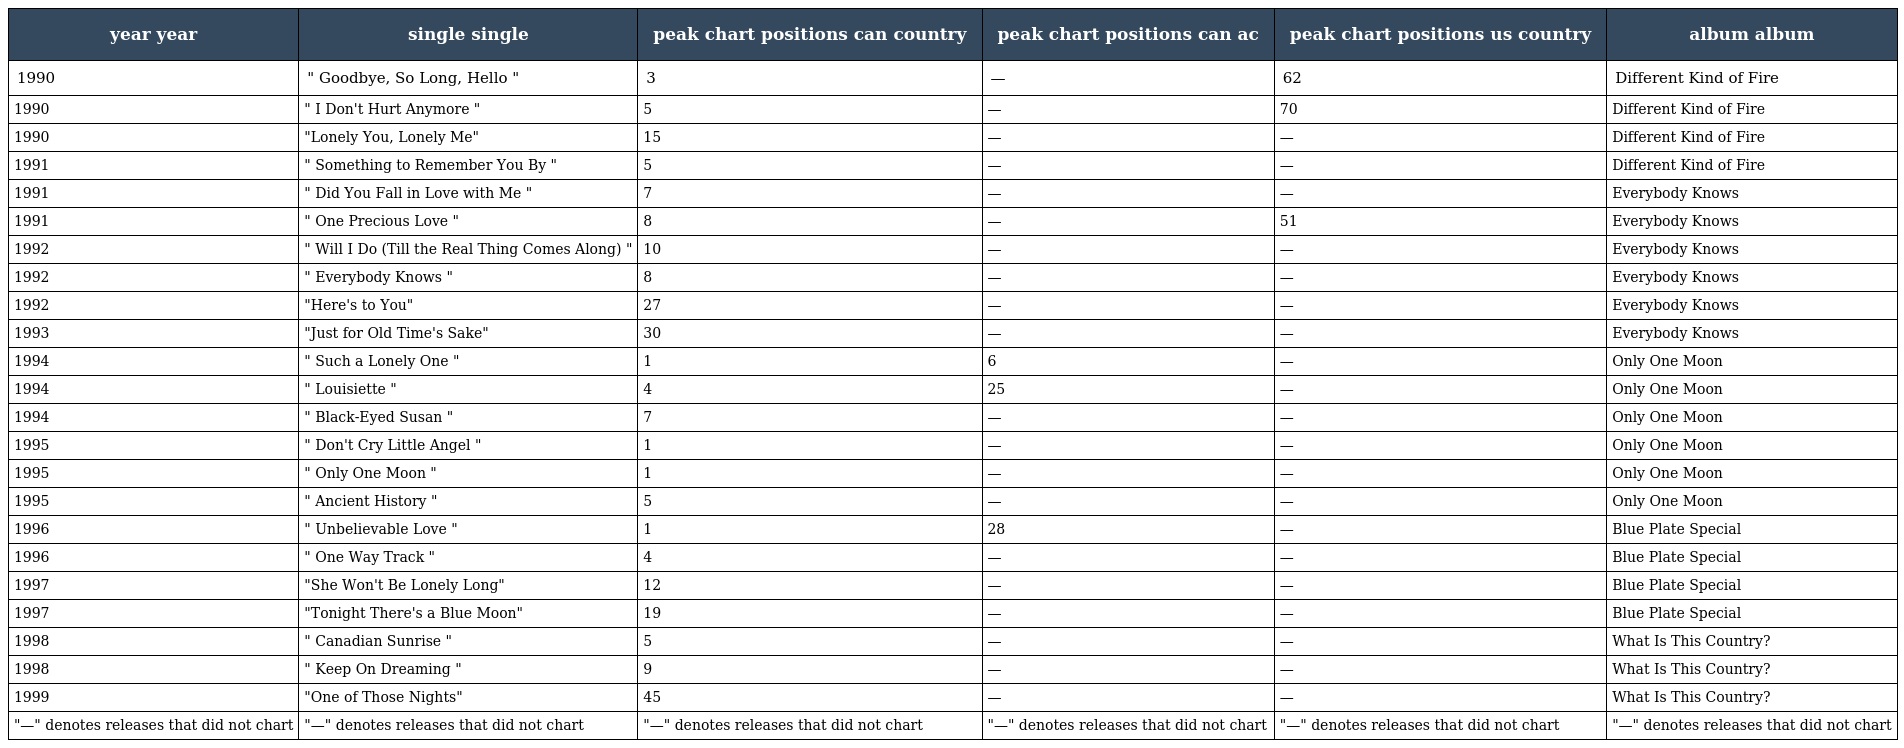
| year year | single single | peak chart positions can country | peak chart positions can ac | peak chart positions us country | album album |
 | --- | --- | --- | --- | --- | --- |
 | 1990 | " Goodbye, So Long, Hello " | 3 | — | 62 | Different Kind of Fire |
 | 1990 | " I Don't Hurt Anymore " | 5 | — | 70 | Different Kind of Fire |
 | 1990 | "Lonely You, Lonely Me" | 15 | — | — | Different Kind of Fire |
 | 1991 | " Something to Remember You By " | 5 | — | — | Different Kind of Fire |
 | 1991 | " Did You Fall in Love with Me " | 7 | — | — | Everybody Knows |
 | 1991 | " One Precious Love " | 8 | — | 51 | Everybody Knows |
 | 1992 | " Will I Do (Till the Real Thing Comes Along) " | 10 | — | — | Everybody Knows |
 | 1992 | " Everybody Knows " | 8 | — | — | Everybody Knows |
 | 1992 | "Here's to You" | 27 | — | — | Everybody Knows |
 | 1993 | "Just for Old Time's Sake" | 30 | — | — | Everybody Knows |
 | 1994 | " Such a Lonely One " | 1 | 6 | — | Only One Moon |
 | 1994 | " Louisiette " | 4 | 25 | — | Only One Moon |
 | 1994 | " Black-Eyed Susan " | 7 | — | — | Only One Moon |
 | 1995 | " Don't Cry Little Angel " | 1 | — | — | Only One Moon |
 | 1995 | " Only One Moon " | 1 | — | — | Only One Moon |
 | 1995 | " Ancient History " | 5 | — | — | Only One Moon |
 | 1996 | " Unbelievable Love " | 1 | 28 | — | Blue Plate Special |
 | 1996 | " One Way Track " | 4 | — | — | Blue Plate Special |
 | 1997 | "She Won't Be Lonely Long" | 12 | — | — | Blue Plate Special |
 | 1997 | "Tonight There's a Blue Moon" | 19 | — | — | Blue Plate Special |
 | 1998 | " Canadian Sunrise " | 5 | — | — | What Is This Country? |
 | 1998 | " Keep On Dreaming " | 9 | — | — | What Is This Country? |
 | 1999 | "One of Those Nights" | 45 | — | — | What Is This Country? |
 | "—" denotes releases that did not chart | "—" denotes releases that did not chart | "—" denotes releases that did not chart | "—" denotes releases that did not chart | "—" denotes releases that did not chart | "—" denotes releases that did not chart |